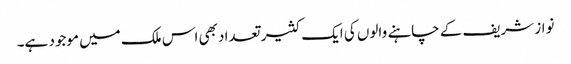
نواز شریف کے چاہنے والوں کی ایک کثیر تعداد بھی اس ملک میں موجود ہے۔